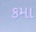
કમા